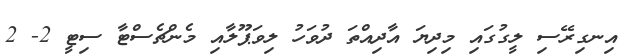
އިނގިރޭސި ލީގުގައި މިދިޔަ އާދިއްތަ ދުވަހު ލިވަޕޫލާއި މެންޗެސްޓާ ސިޓީ 2- 2